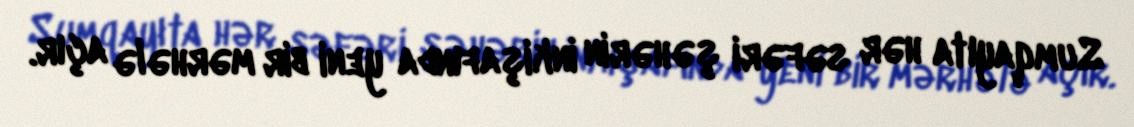
Sumqayıta hər səfəri şəhərin inkişafında yeni bir mərhələ açır.